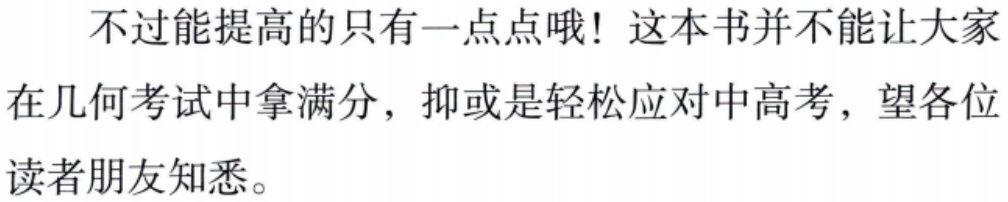
不过能提高的只有一点点哦！这本书并不能让大家

在几何考试中拿满分，抑或是轻松应对中高考，望各位

读者朋友知悉。